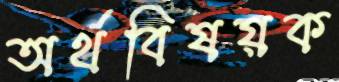
অর্থবিষয়ক